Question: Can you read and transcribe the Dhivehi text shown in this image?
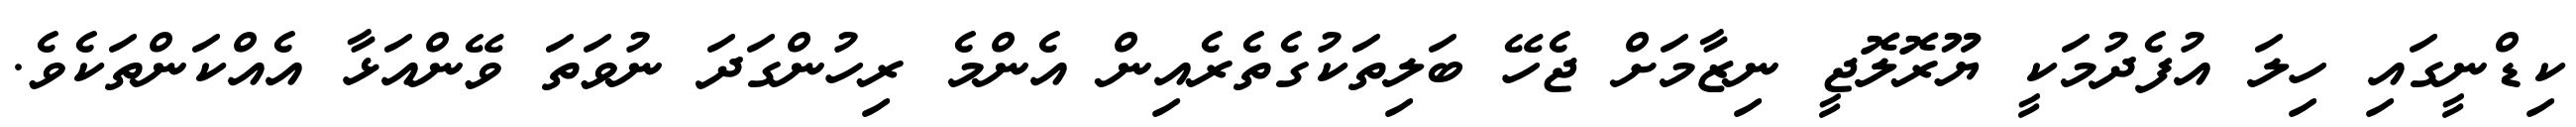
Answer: ކިޑްނީގައި ހިލަ އުފެދުމަކީ ޔޫރޮލޮޖީ ނިޒާމަށް ޖެހޭ ބަލިތަކުގެތެރެއިން އެންމެ ރިހުންގަދަ ނުވަތަ ވޭންއަޅާ އެއްކަންތަކެވެ.